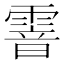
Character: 𩄒